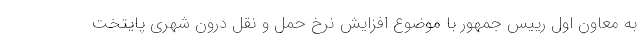
به معاون اول رییس جمهور با موضوع افزایش نرخ حمل و نقل درون شهری پایتخت